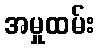
အမှုထမ်း